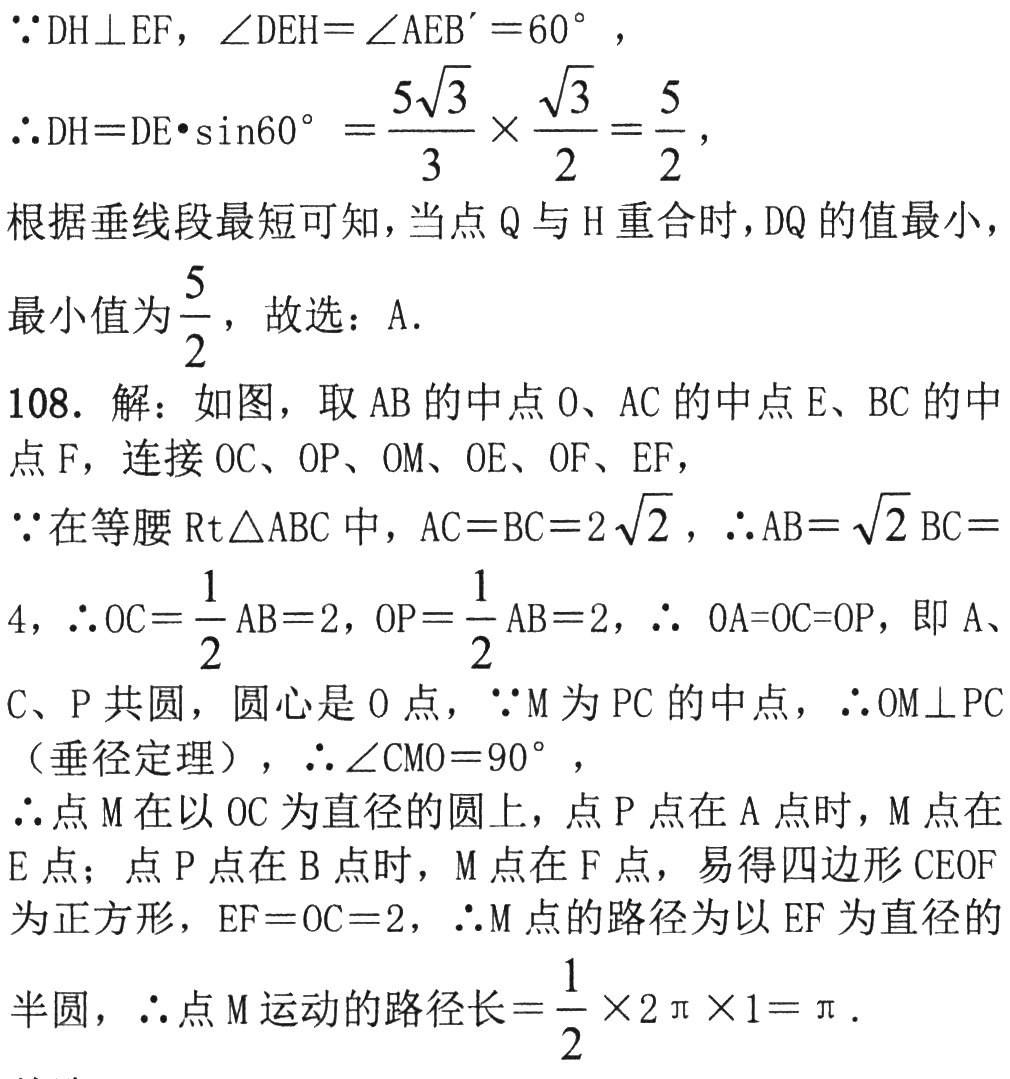
$\because DH\perp EF,\angle DEH = \angle AEB'=60^{\circ},$
$\therefore DH = DE\cdot\sin60^{\circ}=\frac{5\sqrt{3}}{3}\times\frac{\sqrt{3}}{2}=\frac{5}{2},$
根据垂线段最短可知，当点$Q$与$H$重合时，$DQ$的值最小，
最小值为$\frac{5}{2}$，故选：A.
108. 解：如图，取$AB$的中点$O$、$AC$的中点$E$、$BC$的中
点$F$，连接$OC$、$OP$、$OM$、$OE$、$OF$、$EF$，
$\because$在等腰$\text{Rt}\triangle ABC$中，$AC = BC = 2\sqrt{2}$，$\therefore AB=\sqrt{2}BC =$
$4$，$\therefore OC=\frac{1}{2}AB = 2$，$OP=\frac{1}{2}AB = 2$，$\therefore OA = OC = OP$，即$A$、
$C$、$P$共圆，圆心是$O$点，$\because M$为$PC$的中点，$\therefore OM\perp PC$
（垂径定理），$\therefore\angle CMO = 90^{\circ}$，
$\therefore$点$M$在以$OC$为直径的圆上，点$P$点在$A$点时，$M$点在
$E$点；点$P$点在$B$点时，$M$点在$F$点，易得四边形$CEOF$
为正方形，$EF = OC = 2$，$\therefore M$点的路径为以$EF$为直径的
半圆，$\therefore$点$M$运动的路径长$=\frac{1}{2}\times2\pi\times1=\pi.$